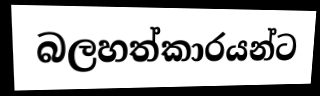
බලහත්කාරයන්ට